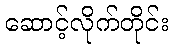
ဆောင့်လိုက်တိုင်း